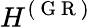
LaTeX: H^{(\mathrm{~G~R~})}